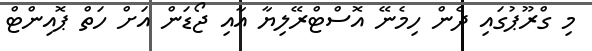
މި ގްރޫޕުގައި ދެން ހިމެނޭ އޮސްޓްރޭލިޔާ އާއި ޖޯޑަން އަށް ހަތް ޕޮއިންޓް